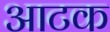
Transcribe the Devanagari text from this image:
आटक